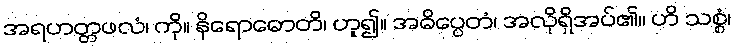
အရဟတ္တဖလံ၊ ကို။ နိရောဓောတိ၊ ဟူ၍။ အဓိပ္ပေတံ၊ အလိုရှိအပ်၏။ ဟိ သစ္စံ၊